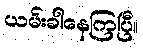
ယမ်းခါနေကြပြီ။